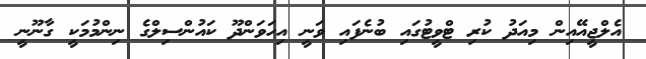
އެލްޖީއޭއިން މިއަދު ކުރި ޓްވީޓުގައި ބުނެފައި ވަނީ އިހަވަންދޫ ކައުންސިލްގެ ނިންމުމަކީ ގާނޫނީ